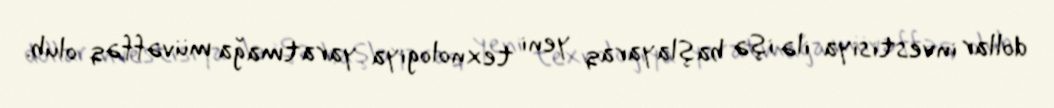
dollar investisiya ilə işə başlayaraq yeni texnologiya yaratmağa müvəffəq olub.